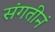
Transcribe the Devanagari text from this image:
संगतीनं